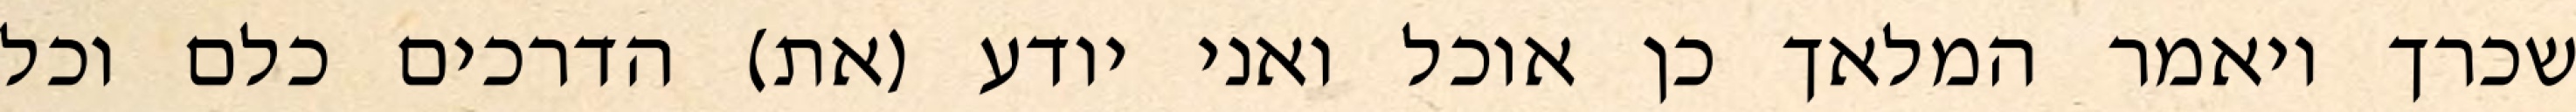
שכרך ויאמר המלאך כן אוכל ואני יודע (את) הדרכים כלם וכל